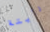
رأيتة